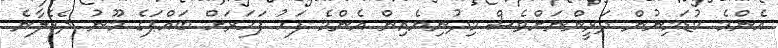
އެންމެ ކުޑަމިނުން ދަރީންނަށްވެސް މިދުނިޔެއިން އެންމެ ފަހު ފަހަރަށް ބައްޕަގެ މޫނު ދެކެލާނެ